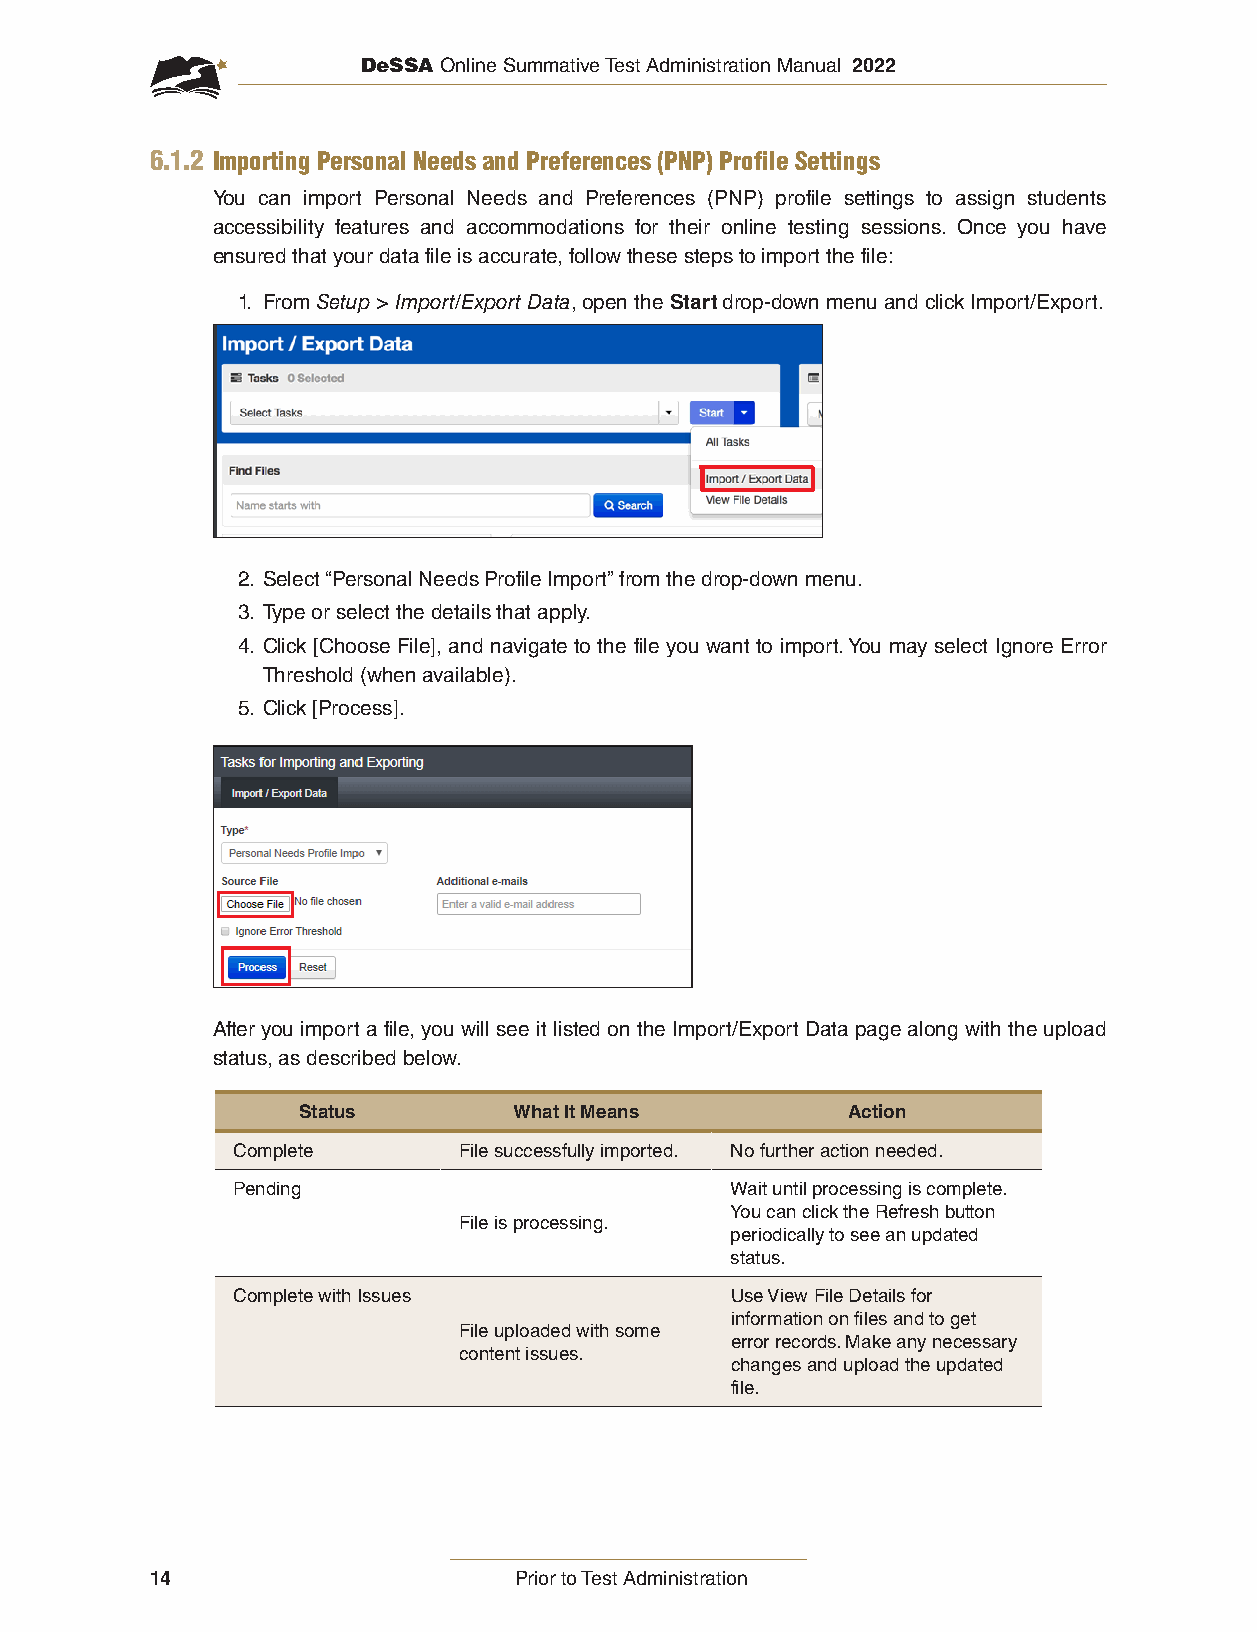
DeSSA Online Summative Test Administration Manual 2022
 6.1.2 Importing Personal Needs and Preferences (PNP) Profile Settings
 You can import Personal Needs and Preferences (PNP) profile settings to assign students
 accessibility features and accommodations for their online testing sessions. Once you have
 ensured that your data file is accurate, follow these steps to import the file:
 1. From Setup > Import/Export Data, open the Start drop-down menu and click Import/Export.
 2. Select “Personal Needs Profile Import” from the drop-down menu.
 3. Type or select the details that apply.
 4. Click [Choose File], and navigate to the file you want to import. You may select Ignore Error
 Threshold (when available).
 5. Click [Process].
 After you import a file, you will see it listed on the Import/Export Data page along with the upload
 status, as described below.
 Status        What It Means         Action
 Complete       File successfully imported. No further action needed.
 Pending                          Wait until processing is complete.
 You can click the Refresh button
 File is processing.
 periodically to see an updated
 status.
 Complete with Issues             Use View File Details for
 information on files and to get
 File uploaded with some
 error records. Make any necessary
 content issues.
 changes and upload the updated
 file.
 14                      Prior to Test Administration